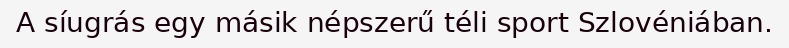
A síugrás egy másik népszerű téli sport Szlovéniában.